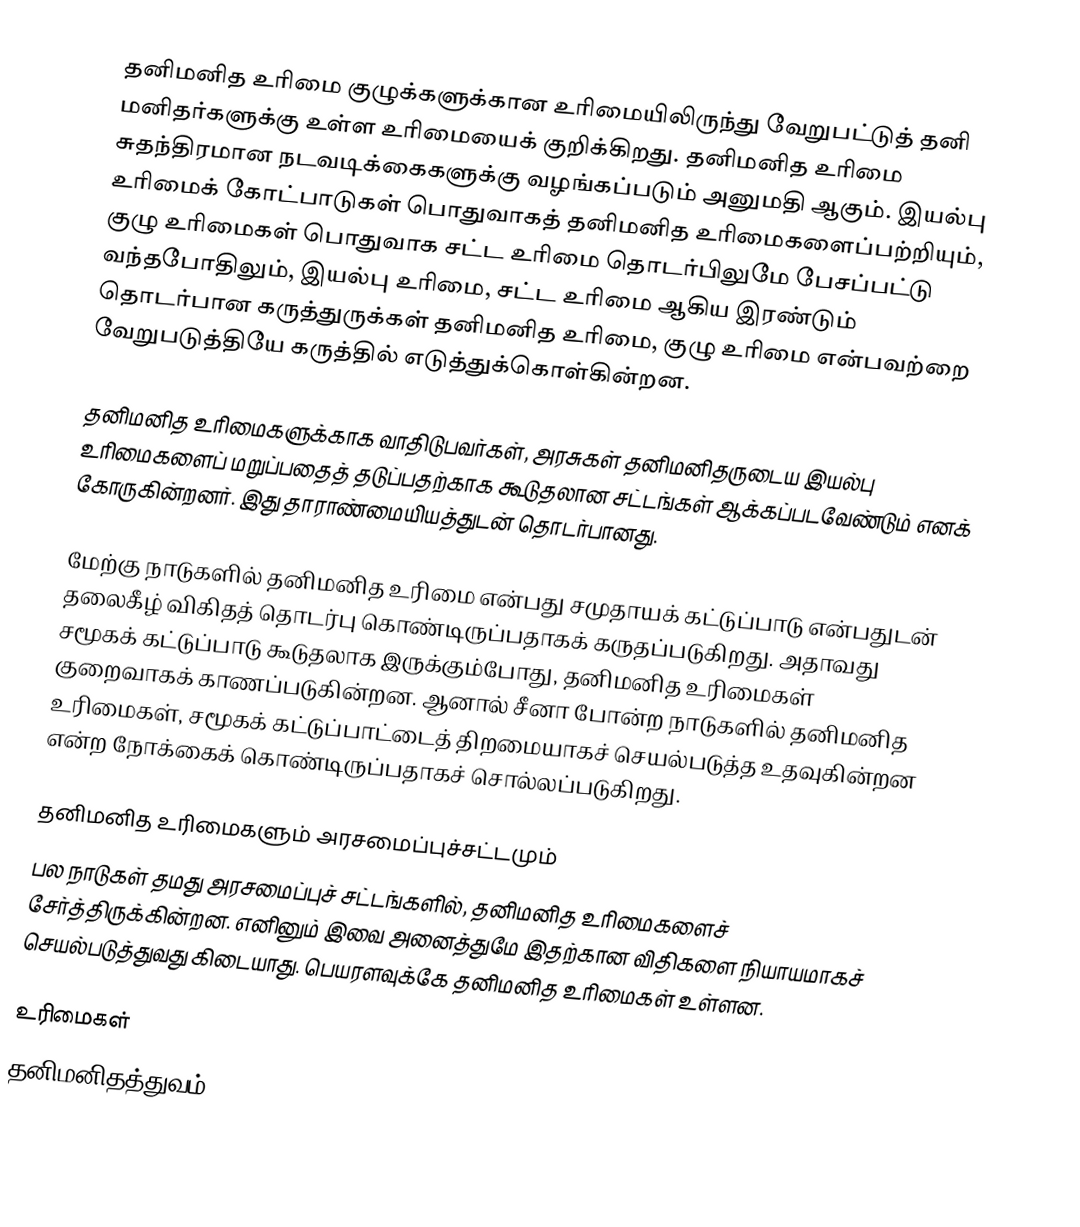
தனிமனித உரிமை குழுக்களுக்கான உரிமையிலிருந்து வேறுபட்டுத் தனி மனிதர்களுக்கு உள்ள உரிமையைக் குறிக்கிறது. தனிமனித உரிமை சுதந்திரமான நடவடிக்கைகளுக்கு வழங்கப்படும் அனுமதி ஆகும். இயல்பு உரிமைக் கோட்பாடுகள் பொதுவாகத் தனிமனித உரிமைகளைப்பற்றியும், குழு உரிமைகள் பொதுவாக சட்ட உரிமை தொடர்பிலுமே பேசப்பட்டு வந்தபோதிலும், இயல்பு உரிமை, சட்ட உரிமை ஆகிய இரண்டும் தொடர்பான கருத்துருக்கள் தனிமனித உரிமை, குழு உரிமை என்பவற்றை வேறுபடுத்தியே கருத்தில் எடுத்துக்கொள்கின்றன.

தனிமனித உரிமைகளுக்காக வாதிடுபவர்கள், அரசுகள் தனிமனிதருடைய இயல்பு உரிமைகளைப் மறுப்பதைத் தடுப்பதற்காக கூடுதலான சட்டங்கள் ஆக்கப்படவேண்டும் எனக் கோருகின்றனர். இது தாராண்மையியத்துடன் தொடர்பானது.

மேற்கு நாடுகளில் தனிமனித உரிமை என்பது சமுதாயக் கட்டுப்பாடு என்பதுடன் தலைகீழ் விகிதத் தொடர்பு கொண்டிருப்பதாகக் கருதப்படுகிறது. அதாவது சமூகக் கட்டுப்பாடு கூடுதலாக இருக்கும்போது, தனிமனித உரிமைகள் குறைவாகக் காணப்படுகின்றன. ஆனால் சீனா போன்ற நாடுகளில் தனிமனித உரிமைகள், சமூகக் கட்டுப்பாட்டைத் திறமையாகச் செயல்படுத்த உதவுகின்றன என்ற நோக்கைக் கொண்டிருப்பதாகச் சொல்லப்படுகிறது.

தனிமனித உரிமைகளும் அரசமைப்புச்சட்டமும்
பல நாடுகள் தமது அரசமைப்புச் சட்டங்களில், தனிமனித உரிமைகளைச் சேர்த்திருக்கின்றன. எனினும் இவை அனைத்துமே இதற்கான விதிகளை நியாயமாகச் செயல்படுத்துவது கிடையாது. பெயரளவுக்கே தனிமனித உரிமைகள் உள்ளன.

உரிமைகள்
தனிமனிதத்துவம்